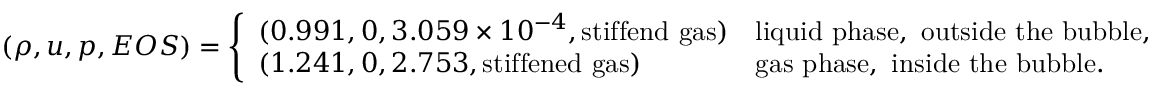
\left( \rho , u , p , E O S \right) = \left\{ \begin{array} { l l } { ( 0 . 9 9 1 , 0 , 3 . 0 5 9 \times 1 0 ^ { - 4 } , \mathrm { s t i f f e n d ~ g a s } ) } & { \mathrm { l i q u i d ~ p h a s e , ~ o u t s i d e ~ t h e ~ b u b b l e , } } \\ { ( 1 . 2 4 1 , 0 , 2 . 7 5 3 , \mathrm { s t i f f e n e d ~ g a s } ) } & { \mathrm { g a s ~ p h a s e , ~ i n s i d e ~ t h e ~ b u b b l e . } } \end{array} \right.